Report on vaccination in the Province of Bengal - 1869-1873
Year: 1869
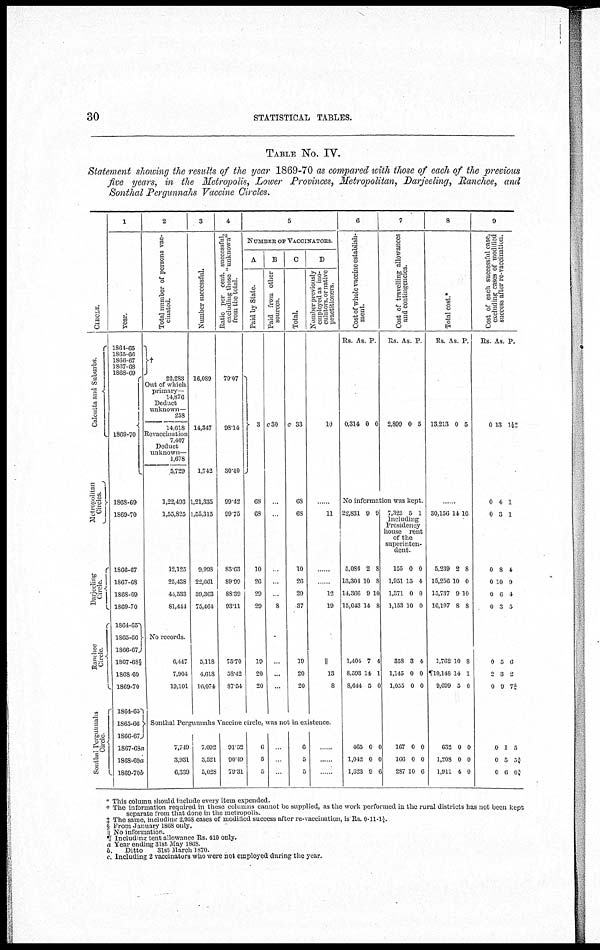
30
STATISTICAL TABLES.
TABLE No. IV.
Statement showing the results of the year 1869-70 as compared with those of each of the previous
five years, in the Metropolis, Lower Provinces, Metropolitan, Darjeeling, Ranchee, and
Sonthal Pergunnahs Vaccine Circles.
CI RCLE.
Calcutta and Suburbs.
Metropolitan
Circles.
Darjeeling
Circle.
Ranchiee
Circle.
Sonthal Pergunnahs
Circle
1
year.
1864-65
1865-66
1866-67
1867-68
1868-69
1869-70
1868-69
1869-70
1866-67
1867-68
1868-69
1869-70
1864-65
1865-66
1866-67
1867-68§
1868-69
1869-70
1864-65
1865-66
1866-67
1867-68a
1868-69a
1869-70b
2
Total number of persons vac-
cinated.
†
22,283
Out of which
primary—
14,876
Deduct
unknown—
258
14,618
Revaccination
7,407
Deduct
unknown—
1,678
5,729
1,22,493
1,55,825
12,125
25,438
44,533
81,444
No records.
6,447
7,904
19,101
3
Number successful.
16,089
14,347
1,742
1,21,335
1,55,315
9,998
22,661
39,363
75,464
5,118
4,618
16,074
4
Ratio per cent. successful,
excluding those "unknown"
from the total
79.07
98.14
30.40
99.42
99.75
83.63
89.99
88.39
93.11
75.70
58.42
87.54
5
NUMBER OF VACCINATORS
A
Paid by State.
3
68
68
10
26
29
29
19
20
20
B
Paid from other
sources.
c30
..
...
...
...
8
..
...
...
C
Total.
c 33
68
68
10
26
29
37
19
20
20
D
Number previously
employed as mo-
culators, or native
practitioners
10
...
11
......
......
12
19
||
13
8
Sonthal Pergunnahs Vaccine circle, was not in existence
7,749
3,931
6,339
7,092
3,521
5,028
91.52
90.49
79.31
6
5
5
...
.
.
6
5
5
.
...
.
6
Cost of whole vaccine establish-
ment.
Rs.
0,314
As.
0
P.
0
7
Cost of travelling allowances
and contingencies.
Rs.
2,899
As.
0
P.
5
No information was kept
22,831
5,084
13,304
14,366
15,043
1,404
8,593
8,644
465
1,042
1,623
9
2
10
9
14
7
14
5
0
0
9
9
8
8
10
8
4
1
0
0
0
6
7,325 5 1
Including
Presidency
house rent
of the
superinten-
dent.
155
1,951
1,371
1,153
358
1,145
1,055
167
166
287
0
15
0
10
3
0
0
0
0
10
0
4
0
0
4
0
0
0
0
6
8
Total cost.*
Rs.
13,213
As.
0
P.
5
...
30,156
5,239
15,256
13,737
16,197
1,762
¶10,148
9,699
632
1,208
1,911
14
2
10
9
8
10
14
5
0
0
4
10
8
0
10
8
8
1
0
0
0
0
9
Cost of each successful case,
excluding cases of modified
success after re-vaccination.
Rs.
0
0
0
0
0
0
0
0
2
0
0
0
0
As.
13
4
3
8
10
0
3
5
3
9
1
5
6
P.
1½‡
1
1
4
9
4
5
6
2
7¾
5
3¾
0¾
* This column should include every item expended.
† The information required in these columns cannot be supplied, as the work performed in the rural districts has not been kept
separate from that done in the metropolis.
‡ The same, including 2,958 cases of modified success after re-vaccination, is Rs. 0-11-1 1/ 5.
§ From January 1868 only.
|| No information.
¶ Including tent allowance Rs. 410 only.
a Year ending 31st May 1868.
b.
Ditto
31st March 1870.
c.Including 2 vaccinators who were not employed during the year.